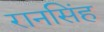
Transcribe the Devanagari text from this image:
रानसिंह